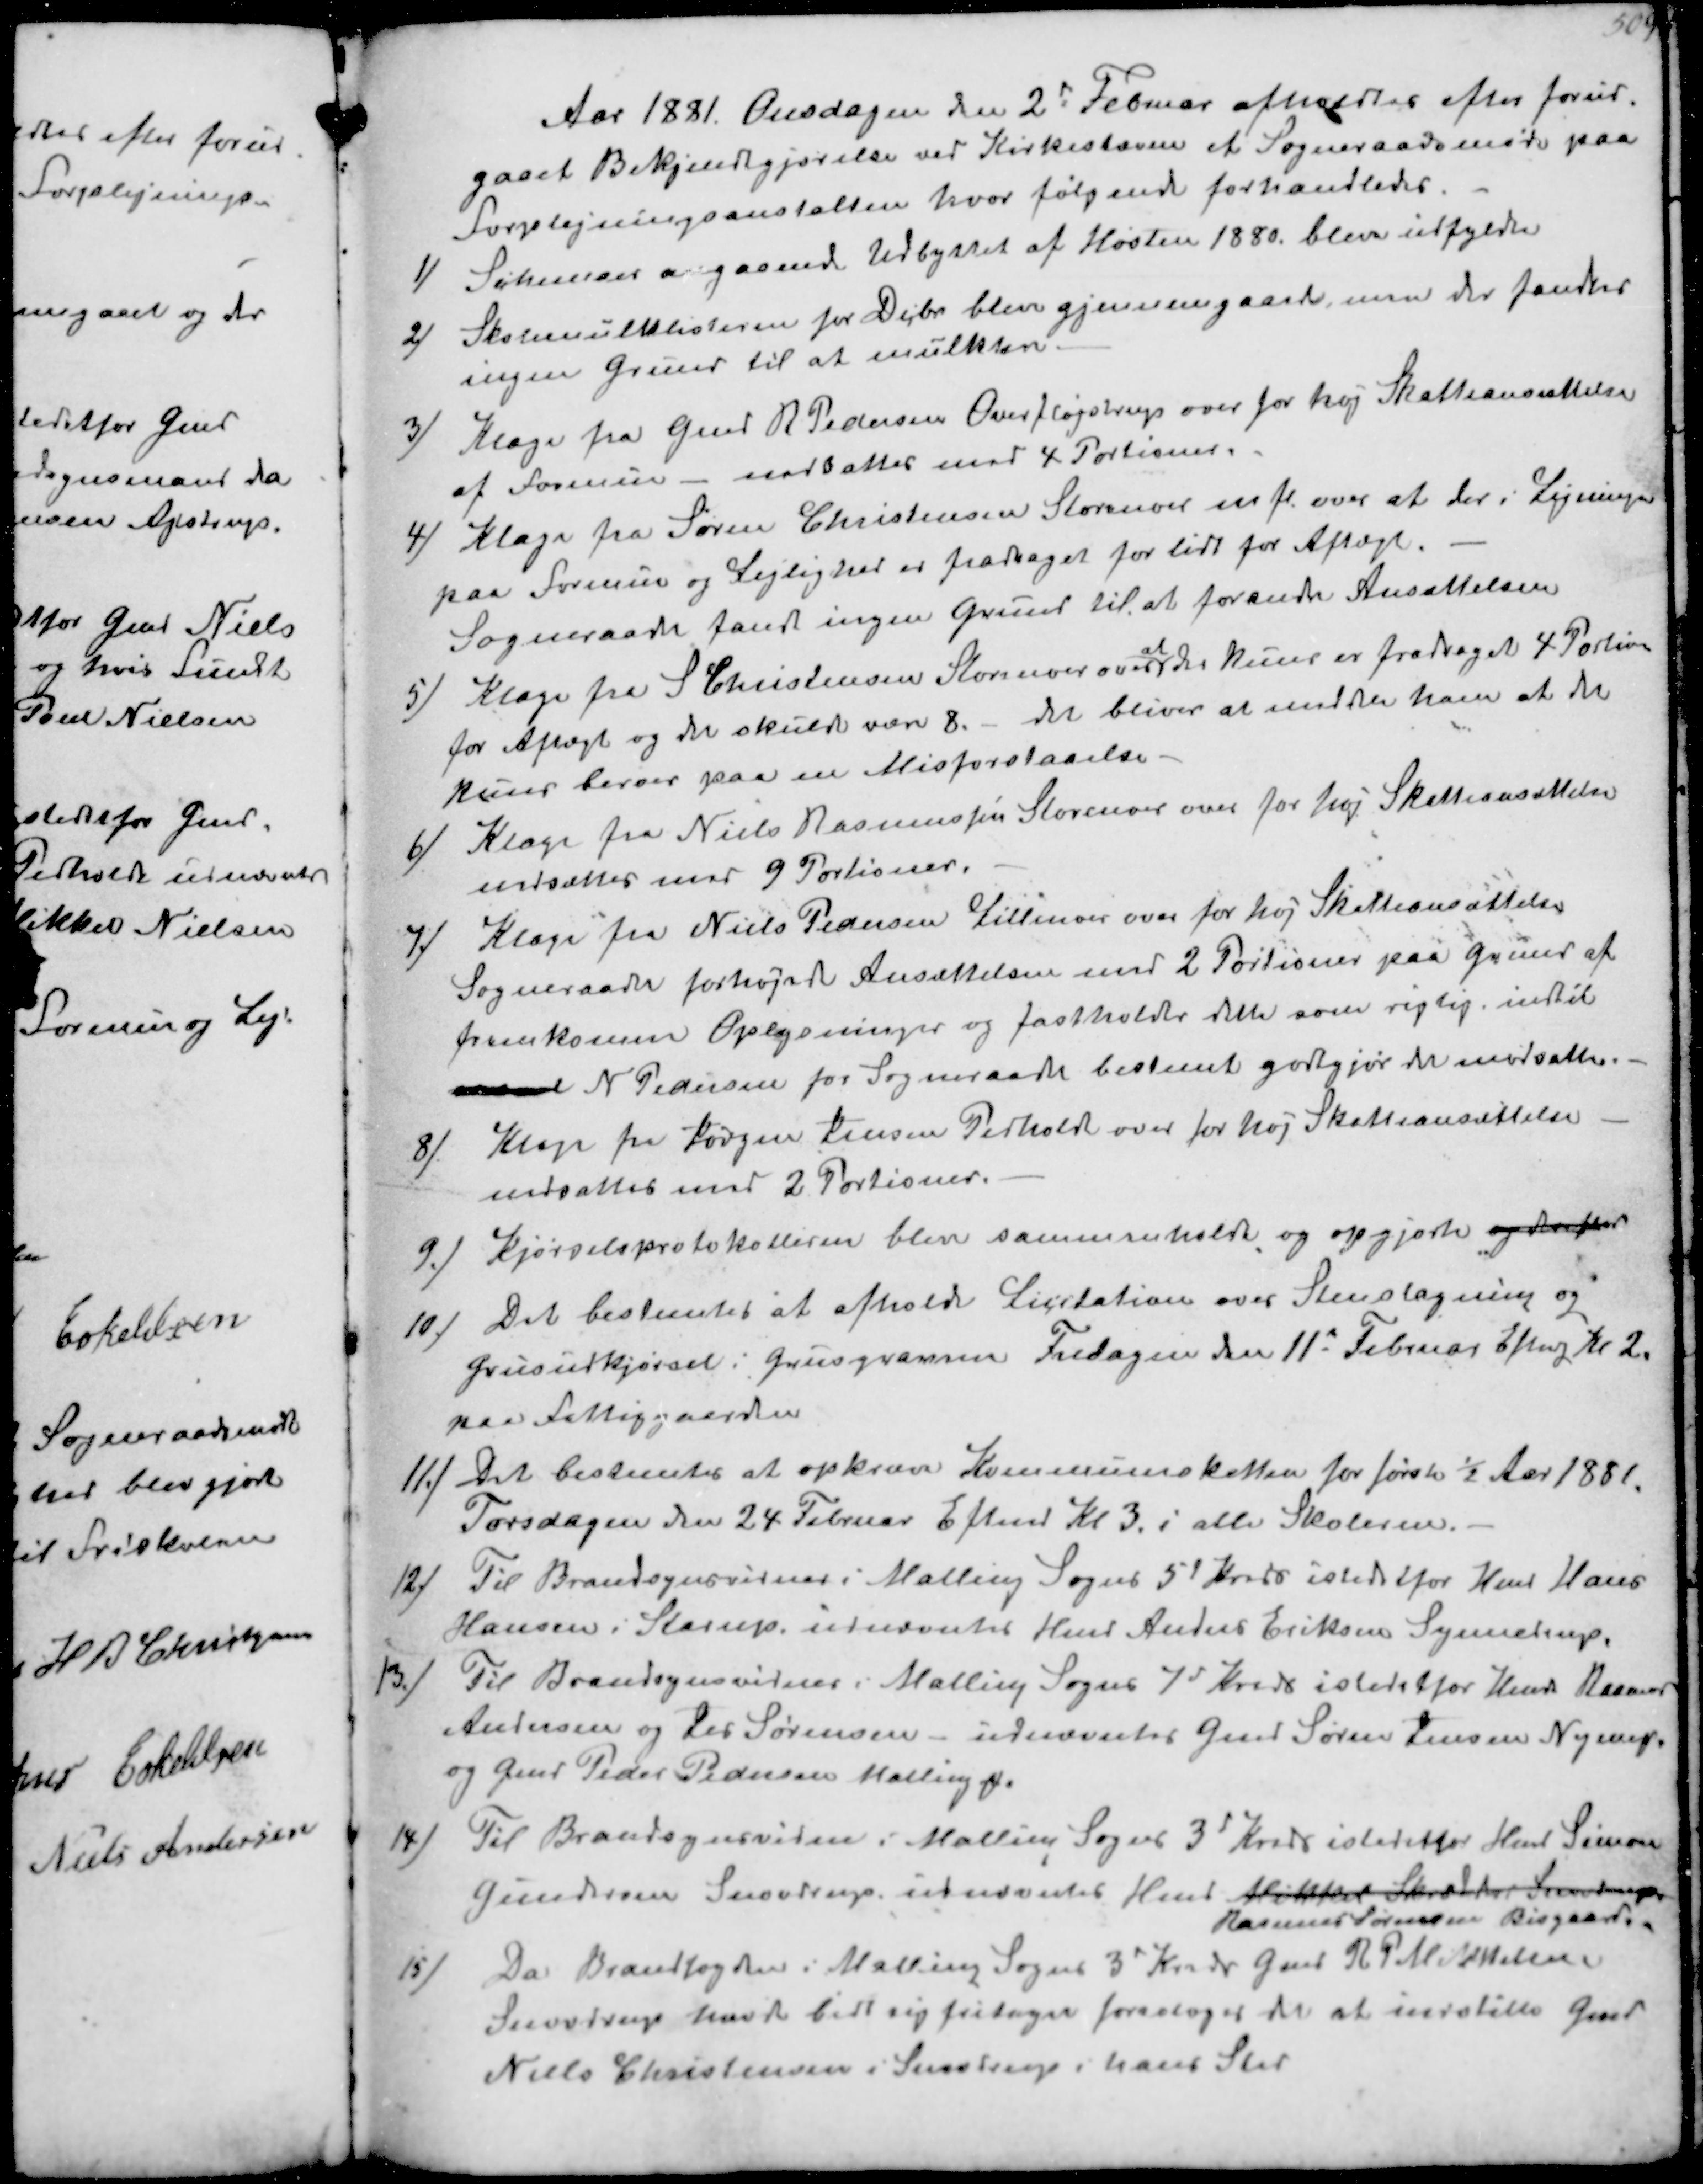
Transskription:
Aar 1881. Onsdagen den 2' Februar afholdtes efter forud-
gaaet Bekjendtgjørelse ved Kirkestævne et Sogneraadsmøde paa
Forplejningsanstalten hvor følgende forhandledes
1/ Schemaer angaaende Udbyttet af Høsten 1880. blev udfyldte
2) Skolemulktlisterne for Dcbr blev gjennemgaaede, men der fandtes
ingen Grund til at mulktere.
3) Klage fra Gmd R Pedersen Overfløjstrup over for høj Skatteansættelse
af Formue - nedsattes med 4 Portioner.
4) Klage fra Søren Christensen Storenoer m fl. over at der i Ligningen
paa Formue og Lejlighed er fradraget for lidt for Aftægt.
Sogneraadet fandt ingen Grund til at forandre Ansættelsen
5) Klage fra S Christensen Storenoer over
at
der kun er fradraget 4 Portion
for Aftægt og det skulde være 8.- det bliver at meddele ham at det
kuns beroer paa en Misforstaaelse.
6) Klage fra Niels Rasmussen Storenoer over for høj Skatteansættelse
nedsættes med 9 Portioner.
7 Klage fra Niels Pedersen Lillenoer over for høj Skatteansættelse
Sogneraadet forhøjede Ansættelsen med 2 Portioner paa Grund af
fremkomne Oplysninger og fastholdt dette som rigtig indtil
N Pedersen for Sogneraadet bestemt godtgjør det modsatte.
8/ Klage fra Jørgen Jensen Pedholdt over for høj Skatteansættelse
nedsættes med 2 Portioner.
9/ Kjørselsprotokollerne blev sammenholdt og opgjorte og derefter
10) Det bestemtes at afholde Licitation over Stenslagning og
Grusudkjørsel i Grusgraven Fredagen den 11te Februar Eftmdg Kl 2.
paa Fattiggaarden
11/ Det bestemtes at opkræve Kommuneskatten for første ½ Aar 1881
Torsdagen den 24 Februar Eftmd Kl 3 i alle Skolerne.
12/ Til Brandsynsvidner i Malling Sogns 5 Kreds istedetfor Hmd Hans
Hansen i Starup udnævntes Hmd Anders Eriksen Synnedrup
13.) Til Brandsynsvidner i Malling Sogns 7d Kreds istedetfor Hmd Rasmus
Andersen og Per Sørensen - udnævntes Gmd Søren Jensen Nym
og Gmd Peder Pedersen Malling
14/ Til Brandsynsvidne i Malling Sogns 3' Kreds istedetfor Hmd Simon
Gundersen Snovdrup udnævntes Hmd Mikkel Skræder Snovdrup
Rasmus Sørensen Bisgaard.
15/ Da Brandfogden i Malling Sogns 3' Kreds Gmd R P Mikkelsen.
Snovdrup havde bedt sig fritaget foresloges det at indstille Gmd
Niels Christensen i Snovdrup i hans Sted